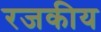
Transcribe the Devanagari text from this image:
रजकीय